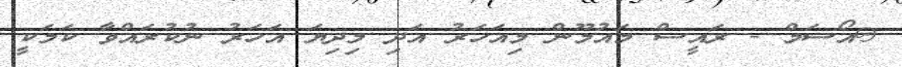
@އޯސަމް - ރައީސް މައުމޫން މިއަހަރު އަދި މިދިޔަ އަހަރު ނުކުރައްވާ ކަމަކީ